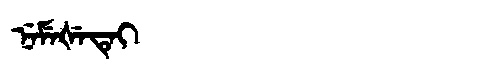
Manchu: ᠨᡝᠮᡝᡧᡝᡨᡝᡳ
Romanization: NEMEŠETEI